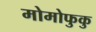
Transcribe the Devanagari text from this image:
मोमोफुकु